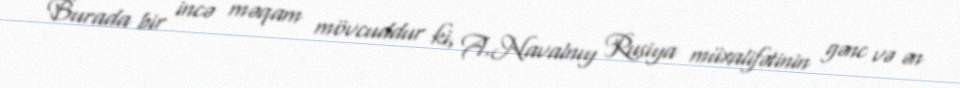
Burada bir incə məqam mövcuddur ki, A.Navalnıy Rusiya müxalifətinin gənc və ən